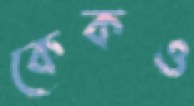
কেকও